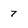
Character: 7